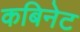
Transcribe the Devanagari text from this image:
कबिनेट